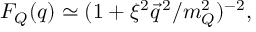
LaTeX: F _ { Q } ( q ) \simeq ( 1 + \xi ^ { 2 } { \vec { q } } ^ { \, 2 } / m _ { Q } ^ { 2 } ) ^ { - 2 } ,